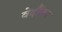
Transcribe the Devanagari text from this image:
वेदौंका